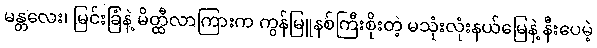
မန္တလေး၊ မြင်းခြံနဲ့ မိတ္ထီလာကြားက ကွန်မြူနစ်ကြီးစိုးတဲ့ မသုံးလုံးနယ်မြေနဲ့ နီးပေမဲ့